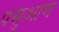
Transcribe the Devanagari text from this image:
पंसुआण